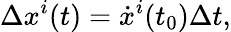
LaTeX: \Delta x^{i}(t)=\dot{x}^{i}(t_{0})\Delta t,